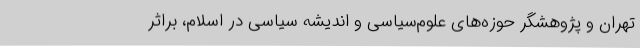
تهران و پژوهشگر حوزه‌های علوم‌سیاسی و اندیشه سیاسی در اسلام، براثر